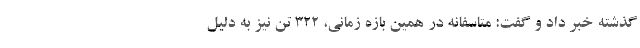
گذشته خبر داد و گفت: متاسفانه در همین بازه زمانی، ۳۲۲ تن نیز به دلیل